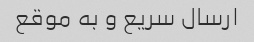
ارسال سریع و به موقع